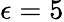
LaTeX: \epsilon=5